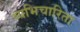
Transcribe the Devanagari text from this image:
व्यभिचारिता